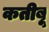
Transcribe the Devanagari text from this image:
कतीबू